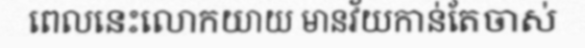
ពេលនេះលោកយាយ មានវ័យកាន់តែចាស់